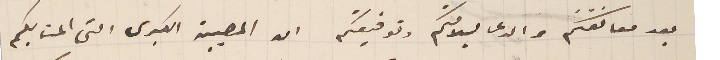
بعد معانقتكم والدعا بسلامتكم وتوفيقكم ان المصيبة الكبرى التي المت بكم